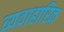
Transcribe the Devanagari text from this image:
व्यवाहारिक